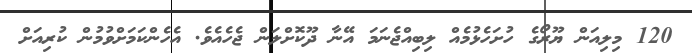
120 މިލިއަން ޔޫރޯގެ ހުށަހެޅުމެއް ލިބިއްޖެނަމަ އޭނާ ދޫކޮށްލަން ޖެހެއެވެ. އެހެންކަމަށްވުމުން ކުރިއަށް